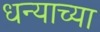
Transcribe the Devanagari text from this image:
धन्याच्या